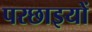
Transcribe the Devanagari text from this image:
परछाइयों